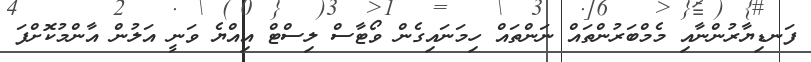
ފަނޑިޔާރުންނާއި މެމްބަރުންތައް ނަންތައް ހިމަނައިގެން ވޯޓާސް ލިސްޓް އިއްޔެ ވަނީ އަލުން އާންމުކޮށްފަ